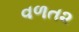
વળત૨